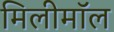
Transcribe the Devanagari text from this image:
मिलीमॉल